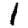
Digit: 1